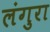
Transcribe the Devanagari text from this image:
लंगुरा